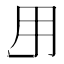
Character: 𱰜